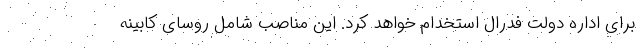
برای اداره دولت فدرال استخدام خواهد کرد. این مناصب شامل روسای کابینه